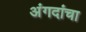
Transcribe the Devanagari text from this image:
अंगदांचा